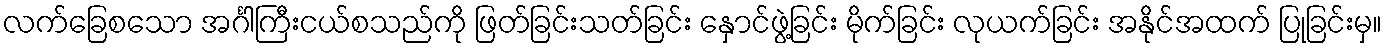
လက်ခြေစသော အင်္ဂါကြီးငယ်စသည်ကို ဖြတ်ခြင်းသတ်ခြင်း နှောင်ဖွဲ့ခြင်း မိုက်ခြင်း လုယက်ခြင်း အနိုင်အထက် ပြုခြင်းမှ။